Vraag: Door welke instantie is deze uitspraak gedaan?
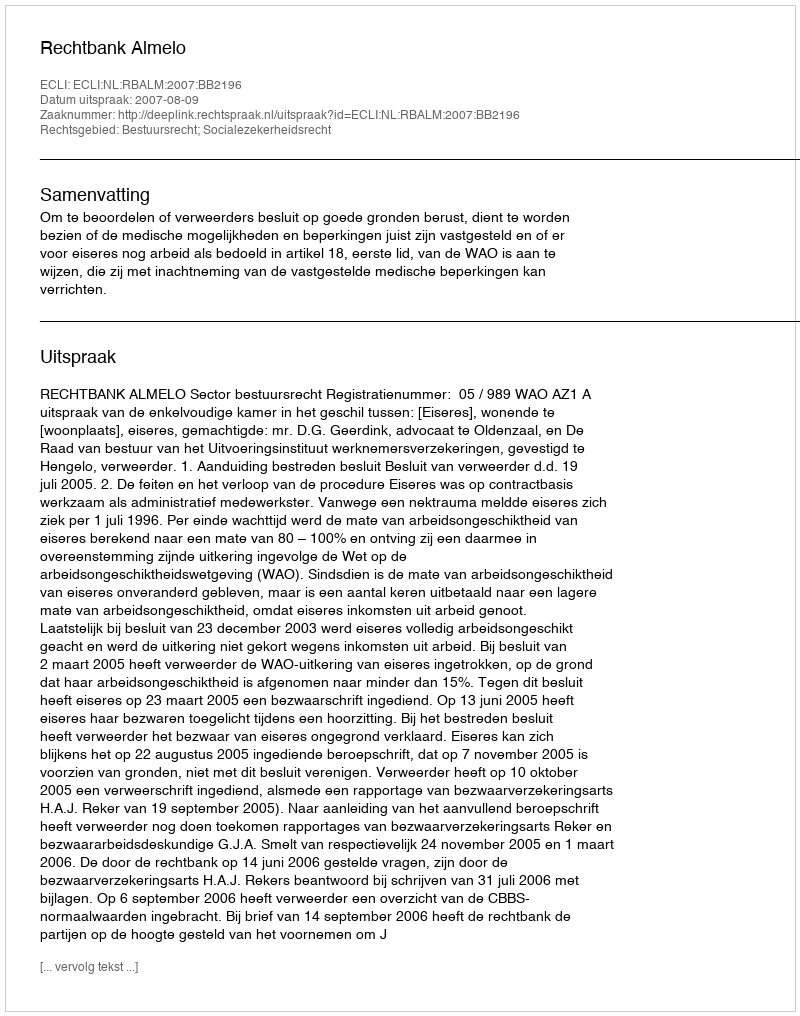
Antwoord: Rechtbank Almelo